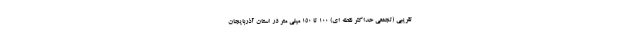
تقریبی (تجمعی حداکثر نقطه ای) ۱۰۰ تا ۱۵۰ میلی متر در استان آذربایجان